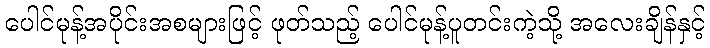
ပေါင်မုန့်အပိုင်းအစများဖြင့် ဖုတ်သည့် ပေါင်မုန့်ပူတင်းကဲ့သို့ အလေးချိန်နှင့်